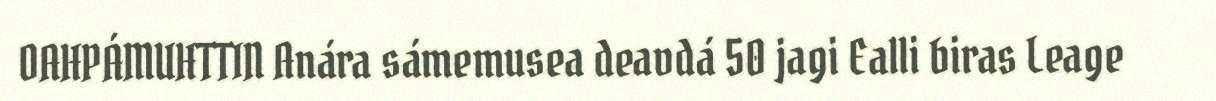
OAHPÁMUHTTIN Anára sámemusea deavdá 50 jagi Ealli biras Leage